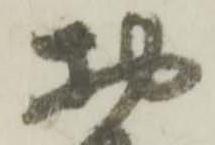
お